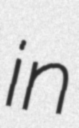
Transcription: in